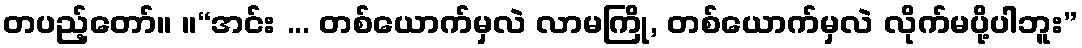
တပည့်တော်။ ။“အင်း ... တစ်ယောက်မှလဲ လာမကြို, တစ်ယောက်မှလဲ လိုက်မပို့ပါဘူး”